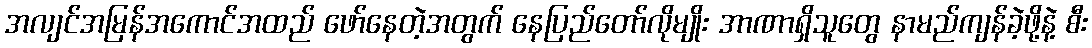
အလျင်အမြန်အကောင်အထည် ဖော်နေတဲ့အတွက် နေပြည်တော်လိုမျိုး အာဏာရှိသူတွေ နာမည်ကျန်ခဲ့ဖို့နဲ့ စီး